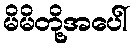
မိမိတို့အပေါ်